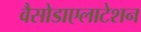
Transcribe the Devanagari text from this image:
वैसोडाएलाटेशन